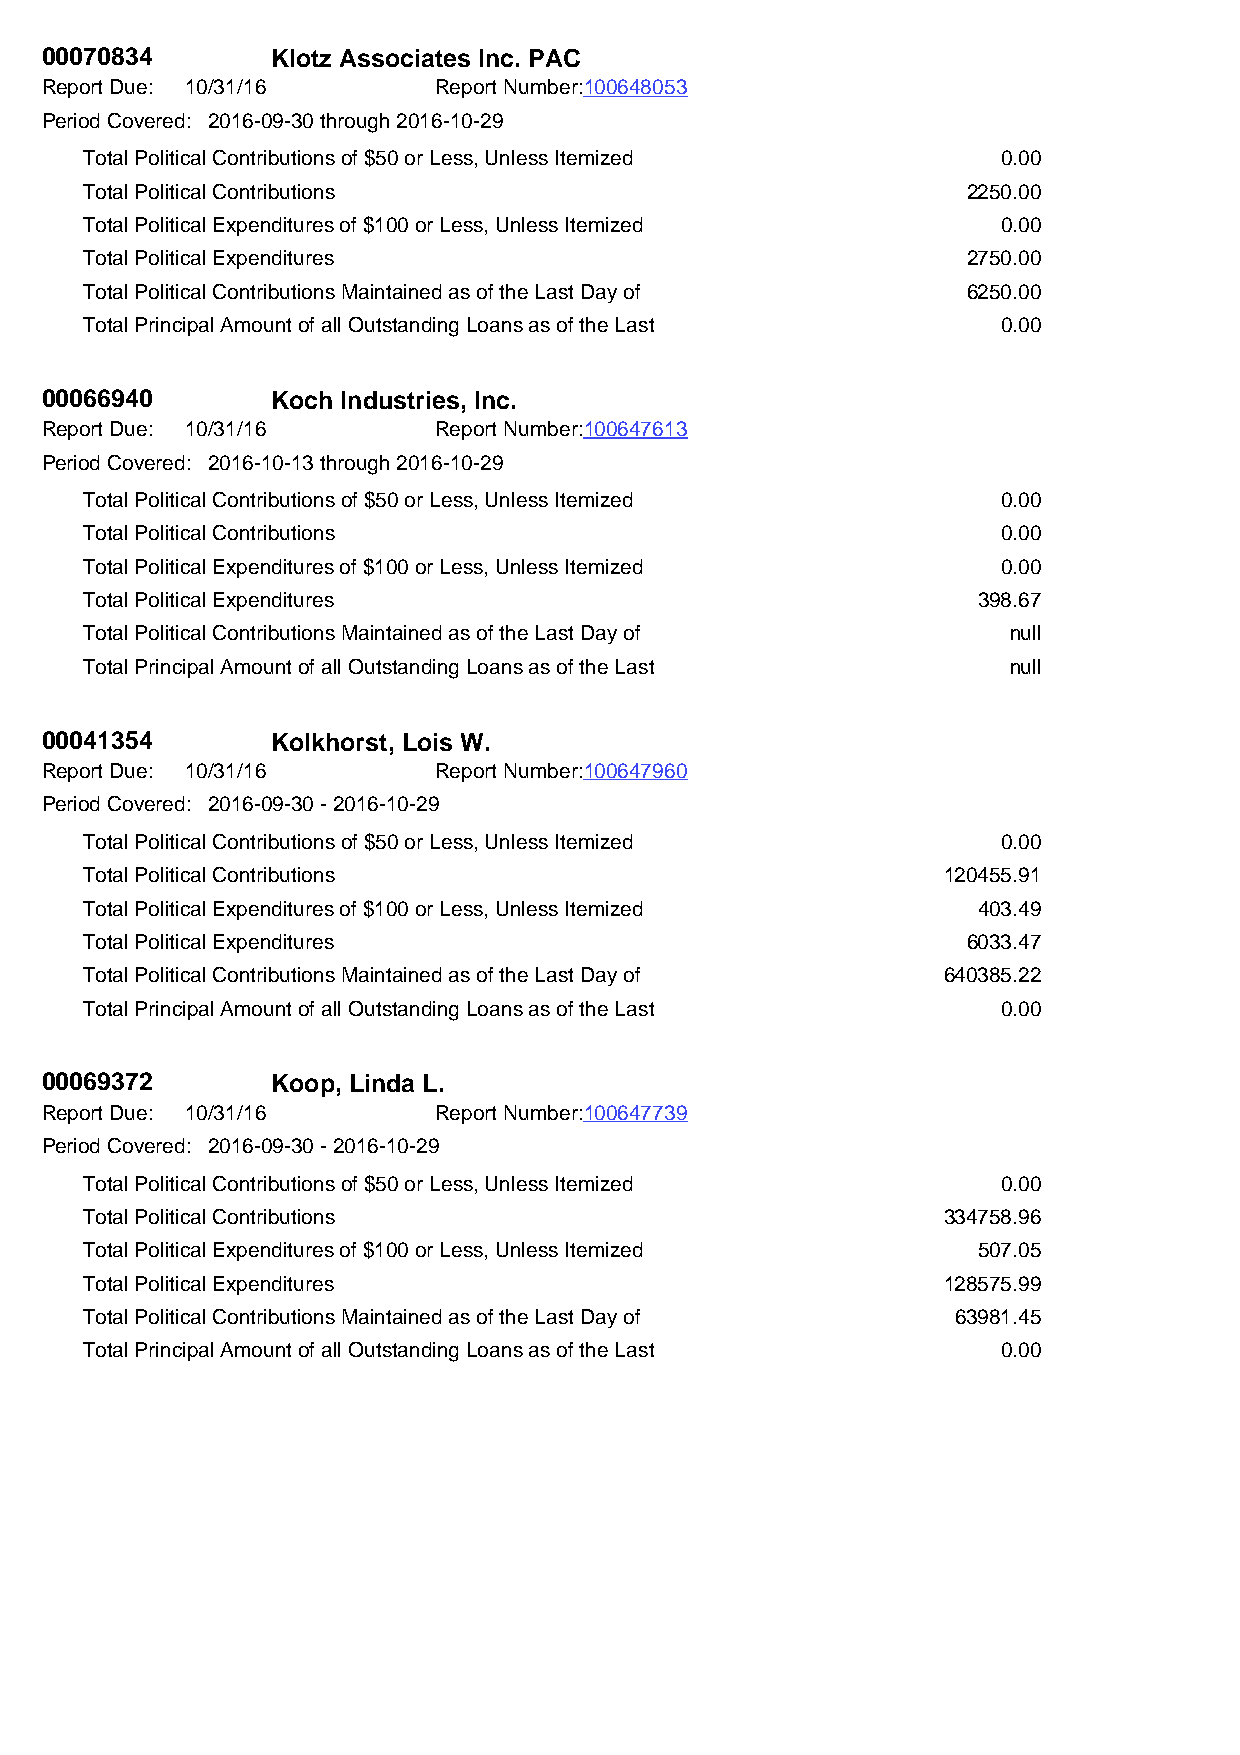
00070834       Klotz Associates Inc. PAC
 Report Due: 10/31/16      Report Number:100648053
 Period Covered: 2016-09-30 through 2016-10-29
 Total Political Contributions of $50 or Less, Unless Itemized 0.00
 Total Political Contributions                             2250.00
 Total Political Expenditures of $100 or Less, Unless Itemized 0.00
 Total Political Expenditures                              2750.00
 Total Political Contributions Maintained as of the Last Day of 6250.00
 Total Principal Amount of all Outstanding Loans as of the Last 0.00
 00066940       Koch Industries, Inc.
 Report Due: 10/31/16      Report Number:100647613
 Period Covered: 2016-10-13 through 2016-10-29
 Total Political Contributions of $50 or Less, Unless Itemized 0.00
 Total Political Contributions                               0.00
 Total Political Expenditures of $100 or Less, Unless Itemized 0.00
 Total Political Expenditures                               398.67
 Total Political Contributions Maintained as of the Last Day of null
 Total Principal Amount of all Outstanding Loans as of the Last null
 00041354       Kolkhorst, Lois W.
 Report Due: 10/31/16      Report Number:100647960
 Period Covered: 2016-09-30 - 2016-10-29
 Total Political Contributions of $50 or Less, Unless Itemized 0.00
 Total Political Contributions                           120455.91
 Total Political Expenditures of $100 or Less, Unless Itemized 403.49
 Total Political Expenditures                              6033.47
 Total Political Contributions Maintained as of the Last Day of 640385.22
 Total Principal Amount of all Outstanding Loans as of the Last 0.00
 00069372       Koop, Linda L.
 Report Due: 10/31/16      Report Number:100647739
 Period Covered: 2016-09-30 - 2016-10-29
 Total Political Contributions of $50 or Less, Unless Itemized 0.00
 Total Political Contributions                           334758.96
 Total Political Expenditures of $100 or Less, Unless Itemized 507.05
 Total Political Expenditures                            128575.99
 Total Political Contributions Maintained as of the Last Day of 63981.45
 Total Principal Amount of all Outstanding Loans as of the Last 0.00